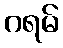
ဂရမ်